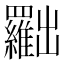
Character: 𠚢